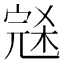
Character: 𰍑